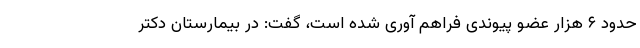
حدود ۶ هزار عضو پیوندی فراهم آوری‌ شده است،‌ گفت: در بیمارستان دکتر